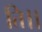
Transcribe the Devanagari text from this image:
ति।।